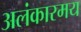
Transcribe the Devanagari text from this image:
अलंकारमय